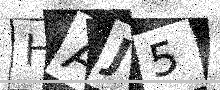
Text: HAJ5